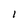
Character: l